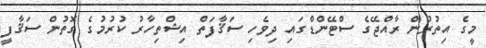
މީގެ އިތުރުން ރާއްޖޭގެ ސްޓޭންޑްގައި ދިވެހި ސަޤާފަތް އިޝްތިހާރު ކުރުމުގެ ގޮތުން ސަޤާފީ